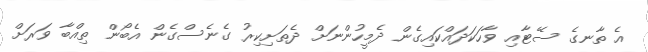
އެ ތާނގެ ސޭޓާއި ވާހަކަދައްކައިގެން ދެމީހުންނަށް ދެތަށިކިރު ގެނެސްގެން އެބޯން ތިއްބާ ވަރަށް